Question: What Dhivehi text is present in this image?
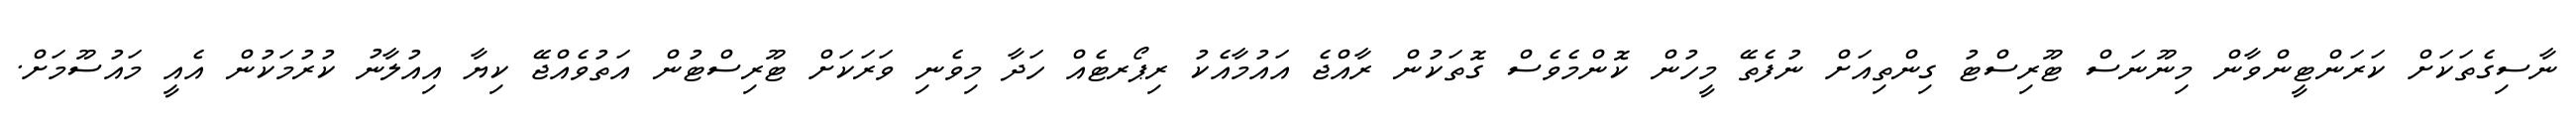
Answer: ނާސިގެތަކަށް ކަރަންޓީންވާން މިނޫނަސް ޓޫރިސްޓު ގިންތިއަށް ނުފެތޭ މީހުން ކޮންމެވެސް ގޮތަކުން ރާއްޖެ އައުމާއެކު ރިޕޯރޓެއް ހަދާ މިވެނި ވަރަކަށް ޓޫރިސްޓުން އަތުވެއްޖޭ ކިޔާ އިއުލާނު ކުރުމަކުން އެއީ މައުސޫމަށް.